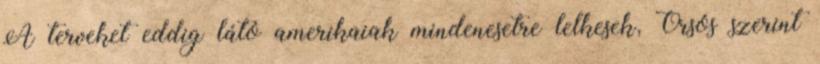
A terveket eddig látó amerikaiak mindenesetre lelkesek, Orsós szerint